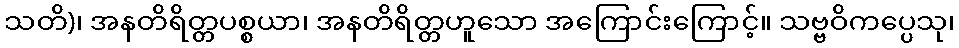
သတိ)၊ အနတိရိတ္တပစ္စယာ၊ အနတိရိတ္တဟူသော အကြောင်းကြောင့်။ သဗ္ဗဝိကပ္ပေသု၊